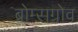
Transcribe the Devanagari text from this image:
ब्रोम्सग्रोव